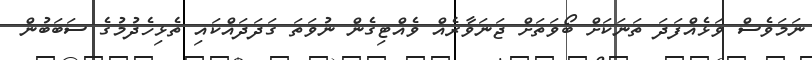
ނަމަވެސް ވަޅެއްފަދަ ތަނަކަށް ބޯވަތަށް ޖަނަވާރެއް ވެއްޓިގެން ނުވަތަ ގަދަދައްކައި ތެޅިހެދުމުގެ ސަބަބުން